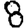
Digit: 8